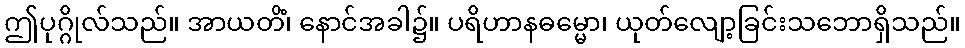
ဤပုဂ္ဂိုလ်သည်။ အာယတိံ၊ နောင်အခါ၌။ ပရိဟာနဓမ္မော၊ ယုတ်လျော့ခြင်းသဘောရှိသည်။